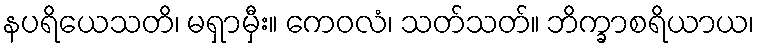
နပရိယေသတိ၊ မရှာမှီး။ ကေဝလံ၊ သတ်သတ်။ ဘိက္ခာစရိယာယ၊